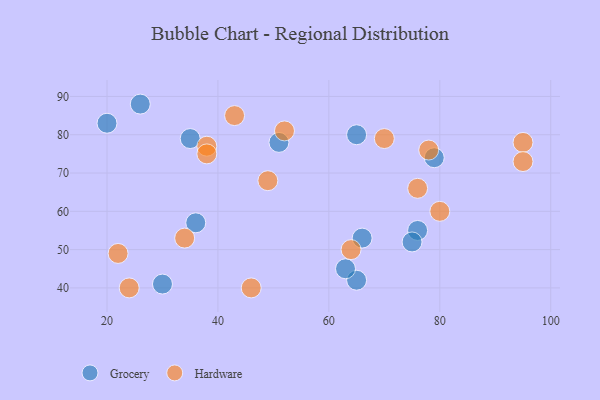
{"axis": {"x": "GDP", "y": "Life Expectancy"}, "legend": ["Grocery", "Hardware"], "data": [{"x": "79", "y": 74, "type": "Grocery"}, {"x": "76", "y": 55, "type": "Grocery"}, {"x": "51", "y": 78, "type": "Grocery"}, {"x": "26", "y": 88, "type": "Grocery"}, {"x": "65", "y": 42, "type": "Grocery"}, {"x": "65", "y": 80, "type": "Grocery"}, {"x": "75", "y": 52, "type": "Grocery"}, {"x": "36", "y": 57, "type": "Grocery"}, {"x": "30", "y": 41, "type": "Grocery"}, {"x": "63", "y": 45, "type": "Grocery"}, {"x": "66", "y": 53, "type": "Grocery"}, {"x": "35", "y": 79, "type": "Grocery"}, {"x": "20", "y": 83, "type": "Grocery"}, {"x": "64", "y": 50, "type": "Hardware"}, {"x": "34", "y": 53, "type": "Hardware"}, {"x": "95", "y": 78, "type": "Hardware"}, {"x": "76", "y": 66, "type": "Hardware"}, {"x": "43", "y": 85, "type": "Hardware"}, {"x": "24", "y": 40, "type": "Hardware"}, {"x": "22", "y": 49, "type": "Hardware"}, {"x": "70", "y": 79, "type": "Hardware"}, {"x": "95", "y": 73, "type": "Hardware"}, {"x": "38", "y": 77, "type": "Hardware"}, {"x": "80", "y": 60, "type": "Hardware"}, {"x": "49", "y": 68, "type": "Hardware"}, {"x": "52", "y": 81, "type": "Hardware"}, {"x": "78", "y": 76, "type": "Hardware"}, {"x": "46", "y": 40, "type": "Hardware"}, {"x": "38", "y": 75, "type": "Hardware"}]}